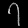
Digit: ၇